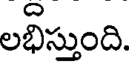
లభిస్తుంది.